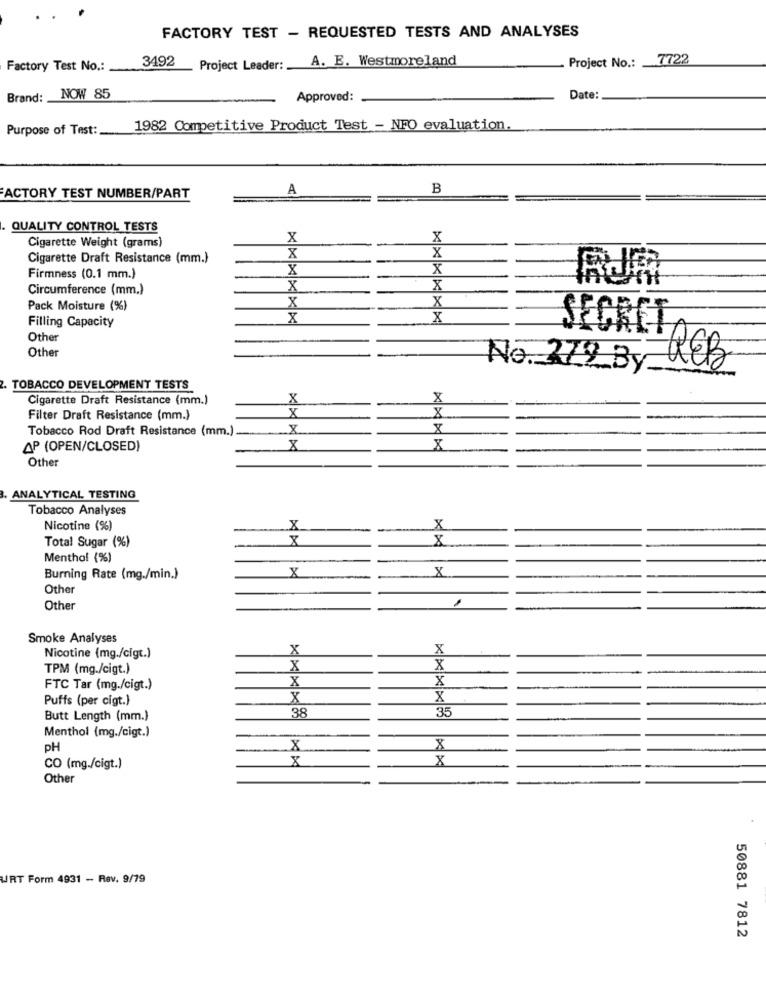
FACTORY TEST - REQUESTED TESTS AND ANALYSES
Project No .: 7722
Factory Test No .:
3492 _ Project Leader: A. E. Westmoreland
Brand: NOW 85
Approved:
Date:
Purpose of Test: 1982 Competitive Product Test - NFO evaluation.
A
B
FACTORY TEST NUMBER/PART
QUALITY CONTROL TESTS
X
X
Cigarette Weight (grams)
X
X
Cigarette Draft Resistance (mm.)
X
X
Firmness (0.1 mm.)
Circumference (mm.)
8
X
X
Pack Moisture (%)
Filling Capacity
x
SECRET
Other
Other
No. 279 By
. TOBACCO DEVELOPMENT TESTS
Cigarette Draft Resistance (mm.)
X
8
X
X
Filter Draft Resistance (mm.)
Tobacco Rod Draft Resistance (mm.).
8
AP (OPEN/CLOSED)
X
8
Other
ANALYTICAL TESTING
Tobacco Analyses
Nicotine (%)
X
X
Total Sugar (%)
8
8
Menthol (%)
8
Burning Rate (mg./min.)
X
Other
Other
Smoke Analyses
X
X
Nicotine (mg./cigt.)
TPM (mg./cigt.)
X
X
X
X
FTC Tar (mg./cigt.)
Puffs (per cigt.)
X
X
38
35
Butt Length (mm.)
Menthol (mg./cigt.)
PH
X
8
8
x
CO (mg./cigt.)
Other
URT Form 4931 - Rev. 9/79
50881 7812